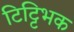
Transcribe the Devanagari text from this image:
टिट्टिभक